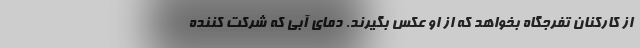
از کارکنان تفرجگاه بخواهد که از او عکس بگیرند. دمای آبی که شرکت کننده